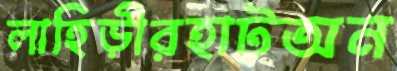
লাহিড়ীরহাটঅন